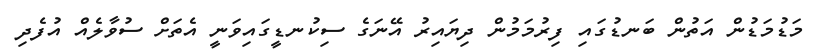
މަޑުމަޑުން އަތުން ބަނޑުގައި ފިރުމަމުން ދިޔައިރު އޭނަގެ ސިކުނޑީގައިވަނީ އެތަށް ސުވާލެއް އުފެދި